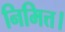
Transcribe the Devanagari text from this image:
निमित्त।